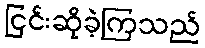
ငြင်းဆိုခဲ့ကြသည်